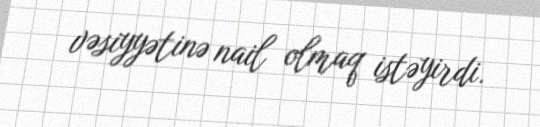
vəsiyyətinə nail olmaq istəyirdi.